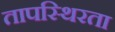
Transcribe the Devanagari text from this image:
तापस्थिरता